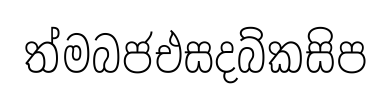
ත්මබජඑසදබ්කසිප